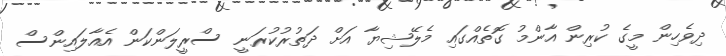
ދިވެހިން މީގެ ކުރިން އާންމު ގޮތެއްގައި މެލޭޝިޔާ އަށް ދަތުރުކުރަނީ ސްރީލަންކަން އެއާލައިންސް